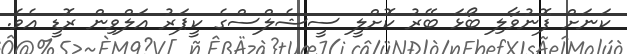
ކަނަށް ފޮނުވާލި ބޯޅަ ބޭރު ކޮށްލީ ސީޝެލްސްގެ ކީޕަރު އަލްވިން ރޮޑީ އެވެ.